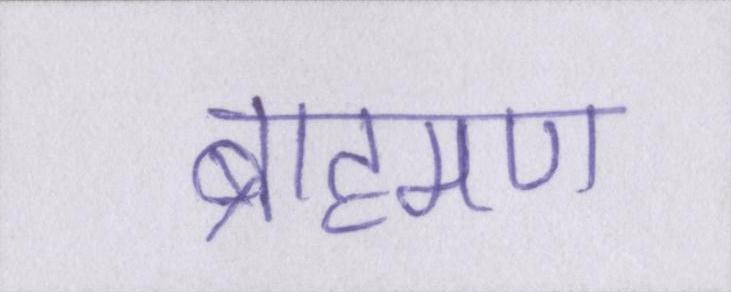
ब्राह्मण